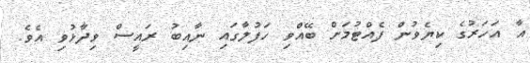
އާ އަހަރުގެ ކިޔެވުން ފެއްޓުމަށް ބޭއްވި ހަފުލާގައި ނާއިބު ރައީސް ވިދާޅުވި އެވެ.